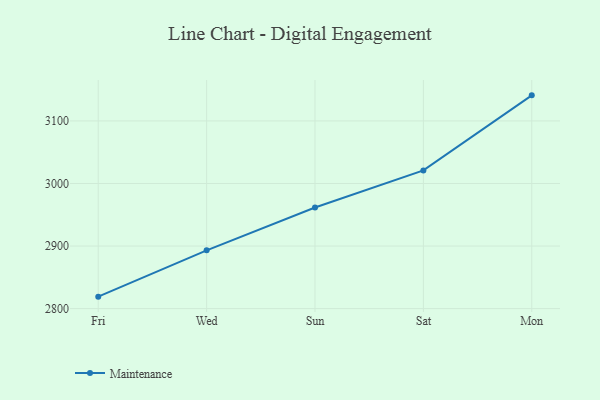
{"axis": {"x": "Day", "y": "LTV (USD)"}, "legend": ["Maintenance"], "data": [{"x": "Fri", "y": 2819.1, "type": "Maintenance"}, {"x": "Wed", "y": 2893.1, "type": "Maintenance"}, {"x": "Sun", "y": 2961.7, "type": "Maintenance"}, {"x": "Sat", "y": 3020.9, "type": "Maintenance"}, {"x": "Mon", "y": 3140.9, "type": "Maintenance"}]}